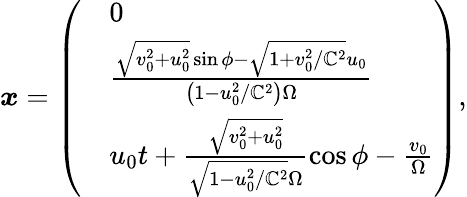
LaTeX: \begin{array}{r}{\boldsymbol{x}=\left(\begin{array}{rl}&{0}\\ &{\frac{\sqrt{v_{0}^{2}+u_{0}^{2}}\sin\phi-\sqrt{1+v_{0}^{2}/\mathbb{C}^{2}}u_{0}}{\left(1-u_{0}^{2}/\mathbb{C}^{2}\right)\Omega}}\\ &{u_{0}t+\frac{\sqrt{v_{0}^{2}+u_{0}^{2}}}{\sqrt{1-u_{0}^{2}/\mathbb{C}^{2}}\Omega}\cos\phi-\frac{v_{0}}{\Omega}}\end{array}\right),}\end{array}